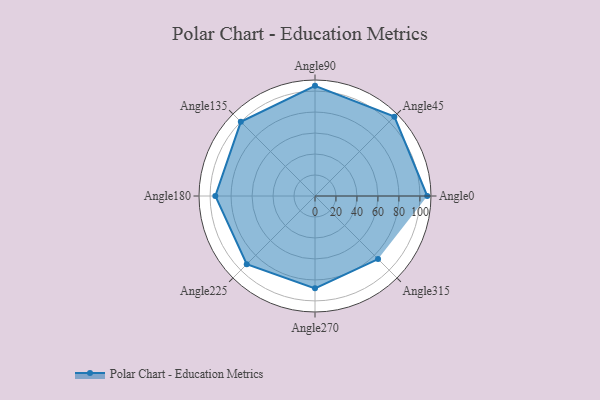
{"axis": {"x": "Angle", "y": "Radius"}, "legend": [""], "data": [{"x": "Angle0", "y": 107.0, "type": ""}, {"x": "Angle45", "y": 107.0, "type": ""}, {"x": "Angle90", "y": 105.0, "type": ""}, {"x": "Angle135", "y": 100.0, "type": ""}, {"x": "Angle180", "y": 95.0, "type": ""}, {"x": "Angle225", "y": 92.0, "type": ""}, {"x": "Angle270", "y": 88.0, "type": ""}, {"x": "Angle315", "y": 85.0, "type": ""}]}